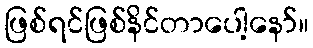
ဖြစ်ရင်ဖြစ်နိင်တာပေါ့နော်။